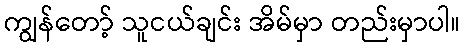
ကျွန်တော့် သူငယ်ချင်း အိမ်မှာ တည်းမှာပါ။